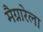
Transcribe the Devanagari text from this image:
मैग्नारेला